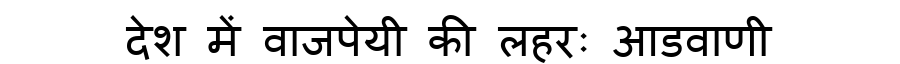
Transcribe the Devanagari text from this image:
देश में वाजपेयी की लहरः आडवाणी